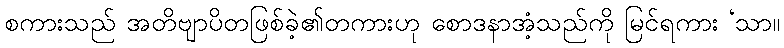
စကားသည် အတိဗျာပိတဖြစ်ခဲ့၏တကားဟု စောဒနာအံ့သည်ကို မြင်ရကား ‘သာ။